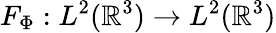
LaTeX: F_{\Phi}:L^{2}(\mathbb{R}^{3})\to L^{2}(\mathbb{R}^{3})